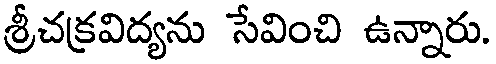
శ్రీచక్రవిద్యను సేవించి ఉన్నారు.